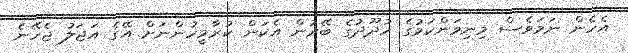
އެހެން ނަަމަވެސް މިނިވަންކަމުގެ ހުދޫދުގެ ބޭރުން އެކަން ކުރާމީހުންނަށް އޭގެ އަޖަލު ޖެހޭނެ